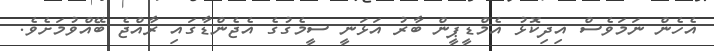
އެހެން ނަމަވެސް އިދިކޮޅު އެމްޑީޕީން ބާރު އަޅަނީ ސީމެގުގެ އެޖެންޑާގައި ރާއްޖެ ބޭއްވުމަށެވެ.